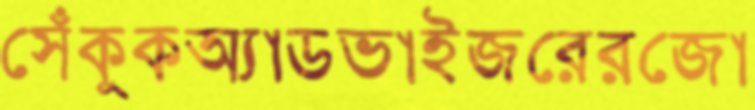
সেঁকুকঅ্যাডভাইজরেরজো